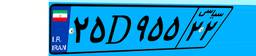
۲۵D۹۵۵۲۲